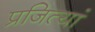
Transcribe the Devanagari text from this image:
प्रजित्यां